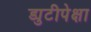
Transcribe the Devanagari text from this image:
ड्युटीपेक्षा